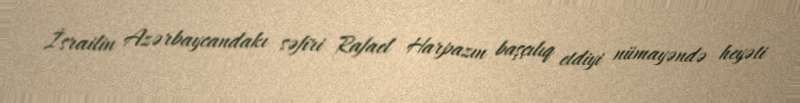
İsrailin Azərbaycandakı səfiri Rafael Harpazın başçılıq etdiyi nümayəndə heyəti